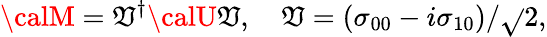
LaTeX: {\calM}=\mathfrak{V}^{\dagger}{\calU}\mathfrak{V},\quad\mathfrak{V}=(\sigma_{00}-i\sigma_{10})/\sqrt{}{{2}},